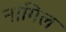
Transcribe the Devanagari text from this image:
नागिल